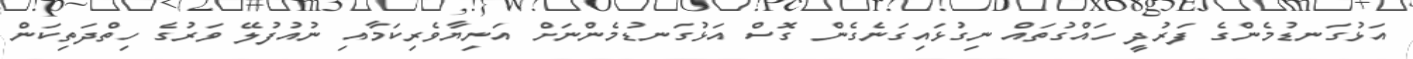
އަޅުގަނޑުމެންގެ ފަރުދީ ހައްގުތައް ނިގުޅައިގަނެގެން ގޮސް އަޅުގަނޑުމެންނަށް އަނިޔާވެރިކަމާއި ނުއުފުލޭ ވަރުގެ ހިތްދަތިކަން